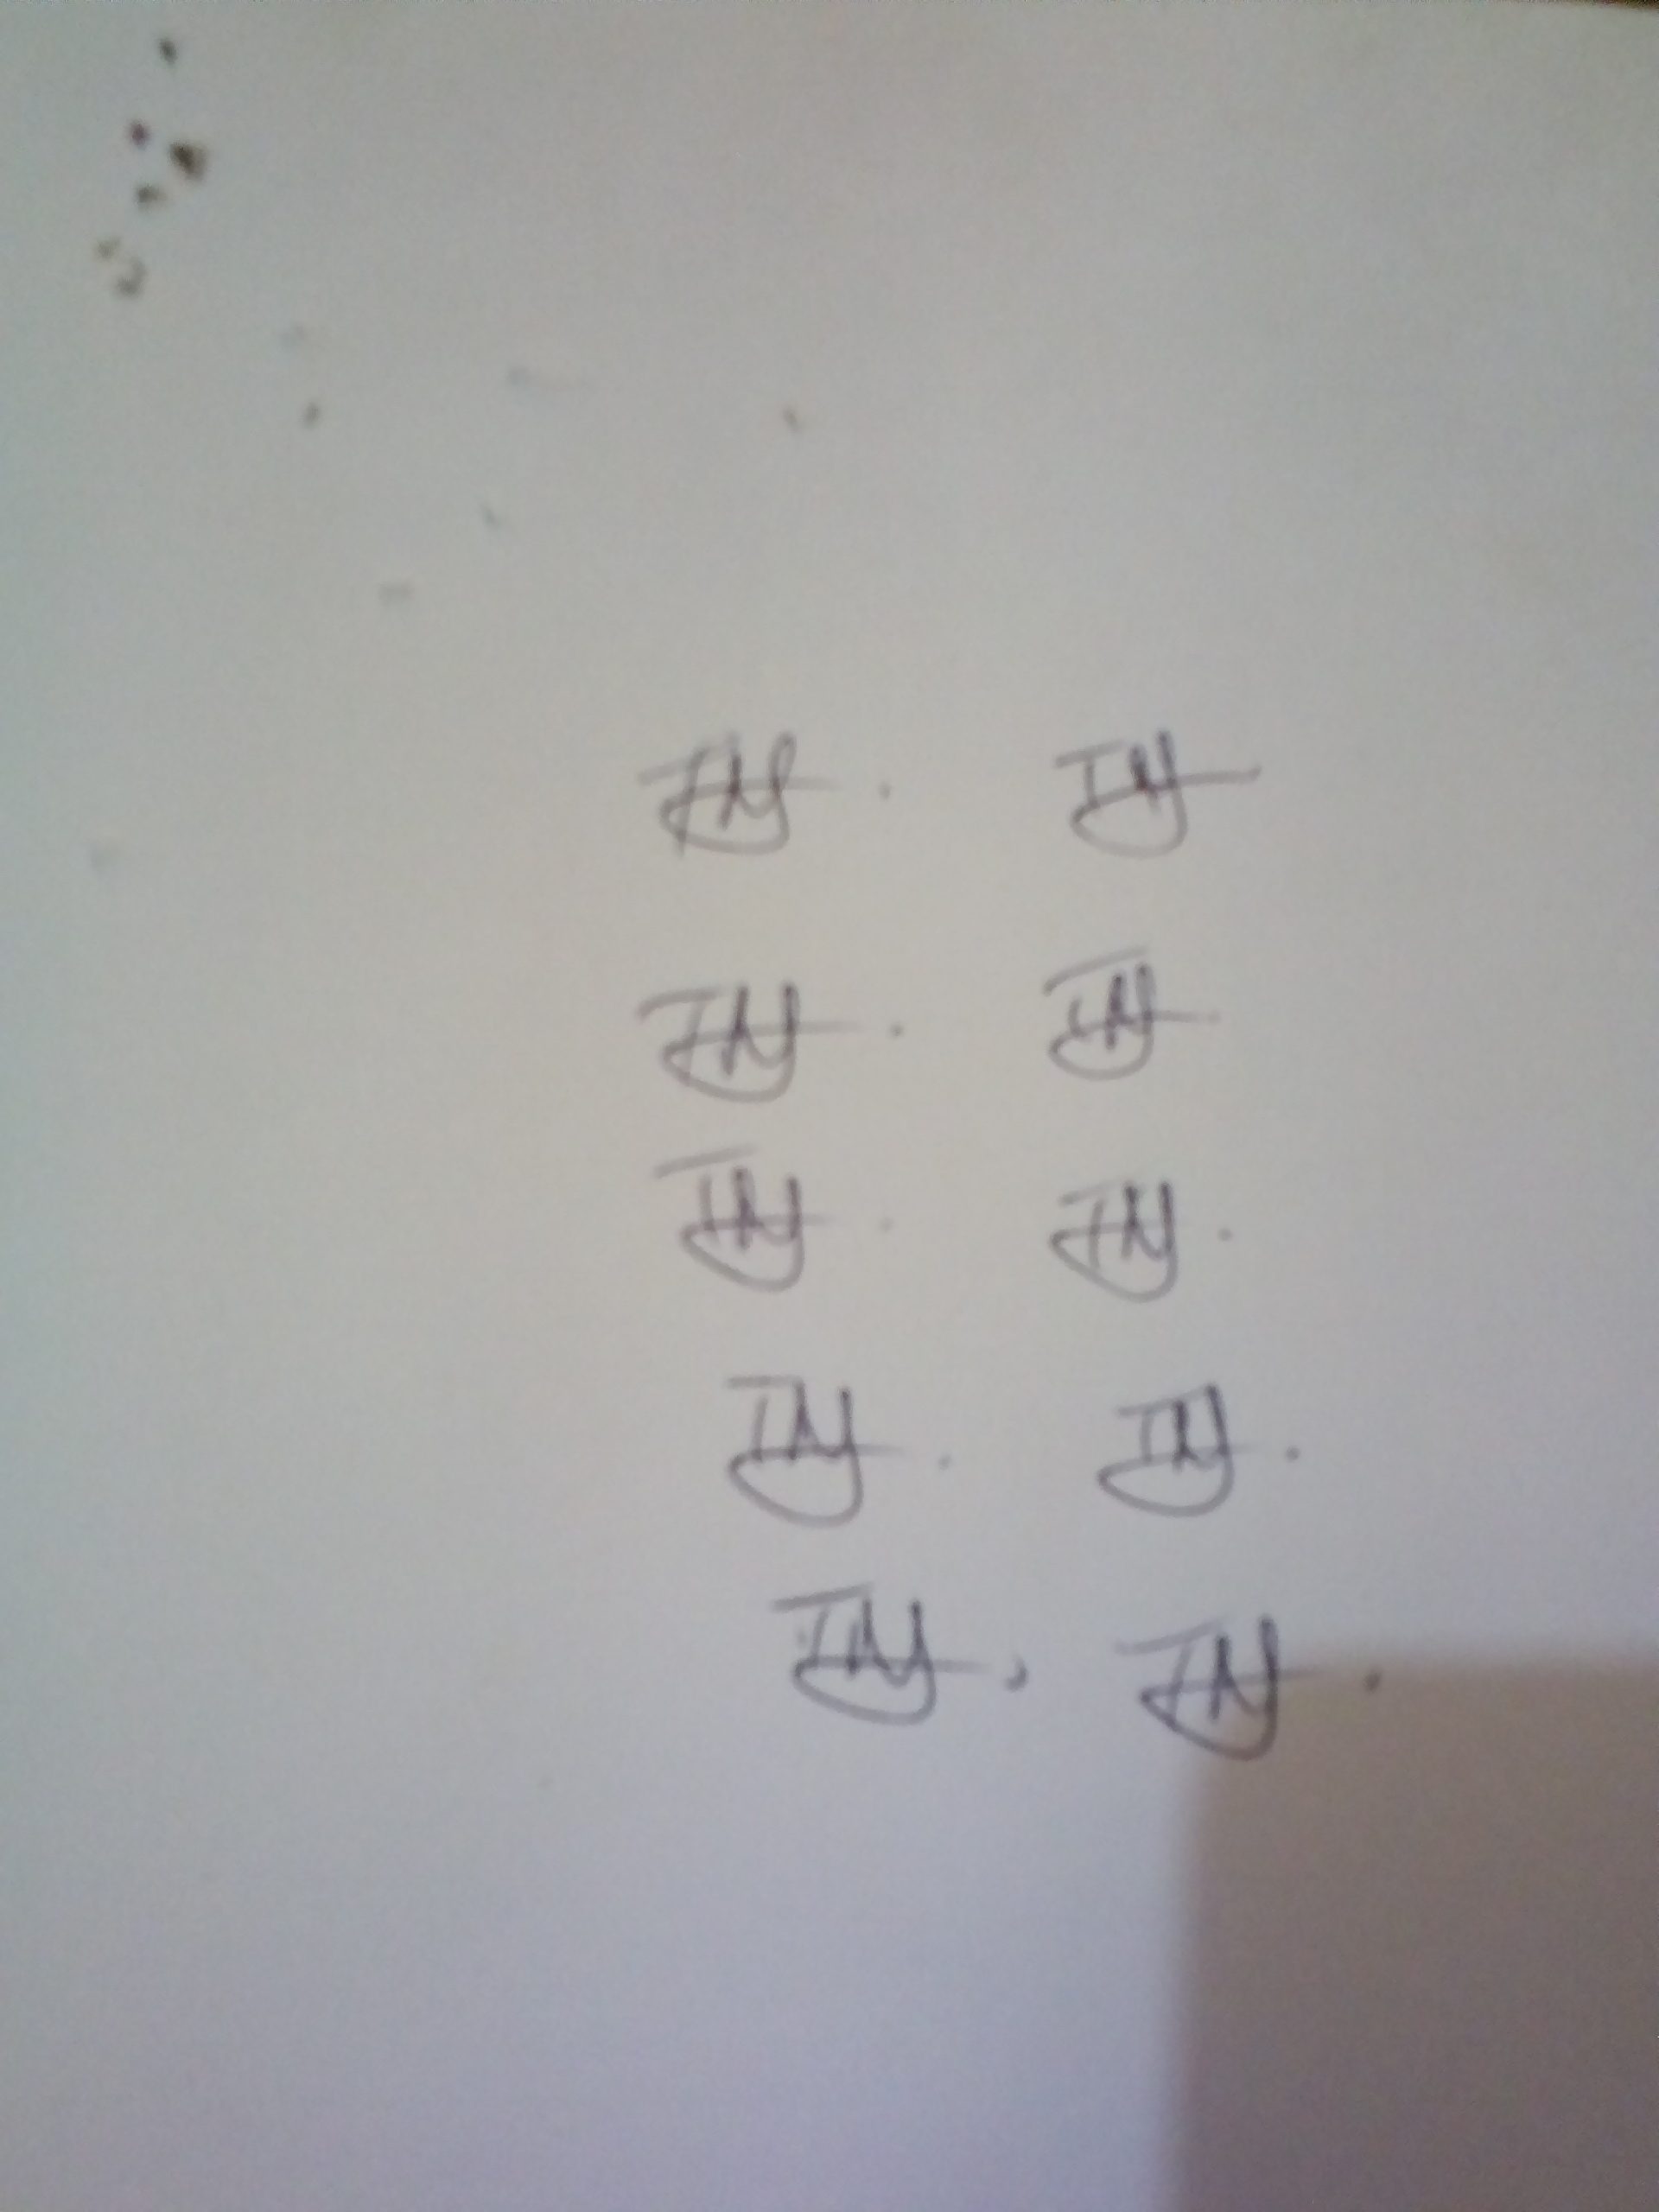
Signature authenticity: genuine